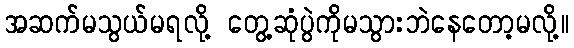
အဆက်မသွယ်မရလို့ တွေ့ဆုံပွဲကိုမသွားဘဲနေတော့မလို့။